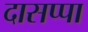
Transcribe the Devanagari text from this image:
दासप्पा